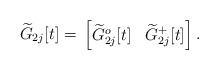
LaTeX: \begin{align*} {\widetilde{G}}_{2j}[t] ={}& \begin{bmatrix} {\widetilde{G}}_{2j}^o[t] & {\widetilde{G}}_{2j}^+[t] \end{bmatrix}.\end{align*}